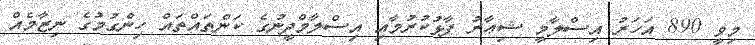
މިވީ 890 އަހަރު އިސްލާމީ ޝިޢާރު ފާޅުކުރުމާއި އިސްލާމްދީނުގެ ކަންތައްތައް ހިންގުމުގެ ނިޒާމެއް